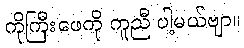
ကိုကြီးဖေကို ကူညီ ပါ့မယ်ဗျာ။